Report of the Indian Hemp Drugs Commission, 1894-1895 - Volume III
Year: 1894
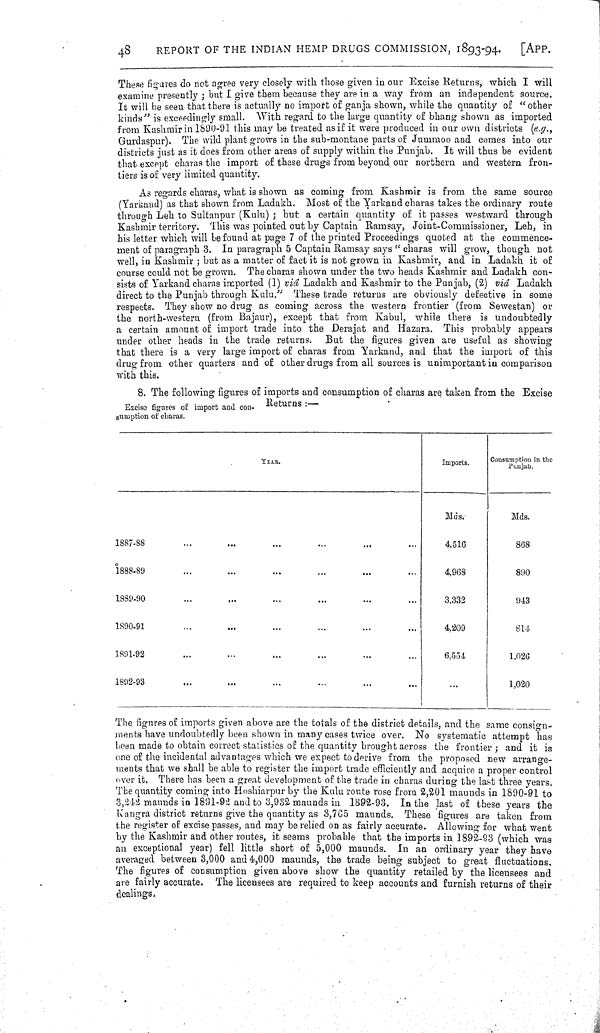
48
REPORT OF THE INDIAN HEMP DRUGS COMMISSION, 1893-94.
[APP.
These figures do not agree very closely with those given in our Excise Returns, which I will
examine presently; but I give them because they are in a way from an independent source.
It will be seen that there is actually no import of ganja shown, while the quantity of "other
kinds" is exceedingly small. With regard to the large quantity of bhang shown as imported
from Kashmir in 1890-91 this may be treated as if it were produced in our own districts (e.g.,
Gurdaspur). The wild plant grows in the sub-montane parts of Jummoo and comes into our
districts just as it does from other areas of supply within the Punjab. It will thus be evident
that except charas the import of these drugs from beyond our northern and western fron-
tiers is of very limited quantity.
As regards charas, what is shown as coming from Kashmir is from the same source
(Yarkand) as that shown from Ladakh. Most of the Yarkand charas takes the ordinary route
through Leh to Sultanpur (Kulu); but a certain quantity of it passes westward through
Kashmir territory. This was pointed out by Captain Ramsay, Joint-Commissioner, Leh, in
his letter which will be found at page 7 of the printed Proceedings quoted at the commence-
ment of paragraph 3. In paragraph 5 Captain Ramsay says "charas will grow, though not
well, in Kashmir; but as a matter of fact it is not grown in Kashmir, and in Ladakh it of
course could not be grown. The charas shown under the two heads Kashmir and Ladakh con-
sists of Yarkand charas imported (1) viâ Ladakh and Kashmir to the Panjab, (2) viâ Ladakh
direct to the Punjab through Kulu." These trade returns are obviously defective in some
respects. They show no drug as coming across the western frontier (from Sewestan) or
the north-western (from Bajaur), except that from Kabul, while there is undoubtedly
a certain amount of import trade into the Derajat and Hazara. This probably appears
under other heads in the trade returns. But the figures given are useful as showing
that there is a very large import of charas from Yarkand, and that the import of this
drug from other quarters and of other drugs from all sources is unimportant in comparison
with this.
8. The following figures of imports and consumption of charas are taken from the Excise
Excise figures of import and con- Returns:—
sumption of charas.
YEAR.
Imports.
Consumption in the
Punjab.
Mds.
Mds.
1887-88
4,516
868
1888-89
4,968
890
1889-90
3,332
943
1890-91
4,209
814
1891-92
6,554
1,026
1892-93
1,020
The figures of imports given above are the totals of the district details, and the same consign-
ments have undoubtedly been shown in many cases twice over. No systematic attempt has
been made to obtain correct statistics of the quantity brought across the frontier; and it is
one of the incidental advantages which we expect to derive from the proposed new arrange-
ments that we shall be able to register the import trade efficiently and acquire a proper control
over it. There has been a great development of the trade in charas during the last three years.
The quantity coming into Hoshiarpur by the Kulu route rose from 2,201 maunds in 1890-91 to
3,242 maunds in 1891-92 and to 3,932 maunds in 1892-93. In the last of these years the
Kangra district returns give the quantity as 3,765 maunds. These figures are taken from
the register of excise passes, and may be relied on as fairly accurate. Allowing for what went
by the Kashmir and other routes, it seems probable that the imports in 1892-93 (which was
an exceptional year) fell little short of 5,000 maunds. In an ordinary year they have
averaged between 3,000 and 4,000 maunds, the trade being subject to great fluctuations.
The figures of consumption given above show the quantity retailed by the licensees and
are fairly accurate. The licensees are required to keep accounts and furnish returns of their
dealings.